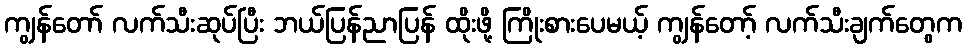
ကျွန်တော် လက်သီးဆုပ်ပြီး ဘယ်ပြန်ညာပြန် ထိုးဖို့ ကြိုးစားပေမယ့် ကျွန်တော့် လက်သီးချက်တွေက